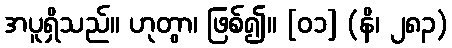
အပူရှိသည်။ ဟုတွာ၊ ဖြစ်၍။ [၀၁] (နိ၊ ၂၈၃)